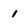
Character: 1